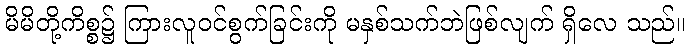
မိမိတို့ကိစ္စ၌ ကြားလူဝင်စွက်ခြင်းကို မနှစ်သက်ဘဲဖြစ်လျက် ရှိလေ သည်။